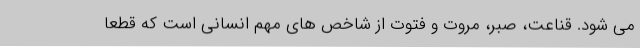
می شود. قناعت، صبر، مروت و فتوت از شاخص های مهم انسانی است که قطعاً